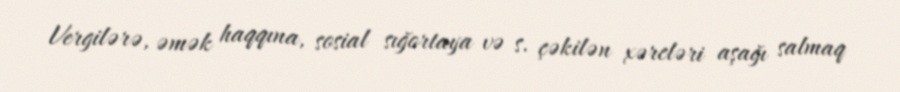
Vergilərə, əmək haqqına, sosial sığortaya və s. çəkilən xərcləri aşağı salmaq